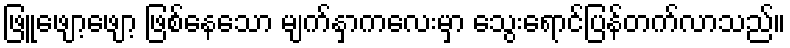
ဖြူဖျော့ဖျော့ ဖြစ်နေသော မျက်နှာကလေးမှာ သွေးရောင်ပြန်တက်လာသည်။